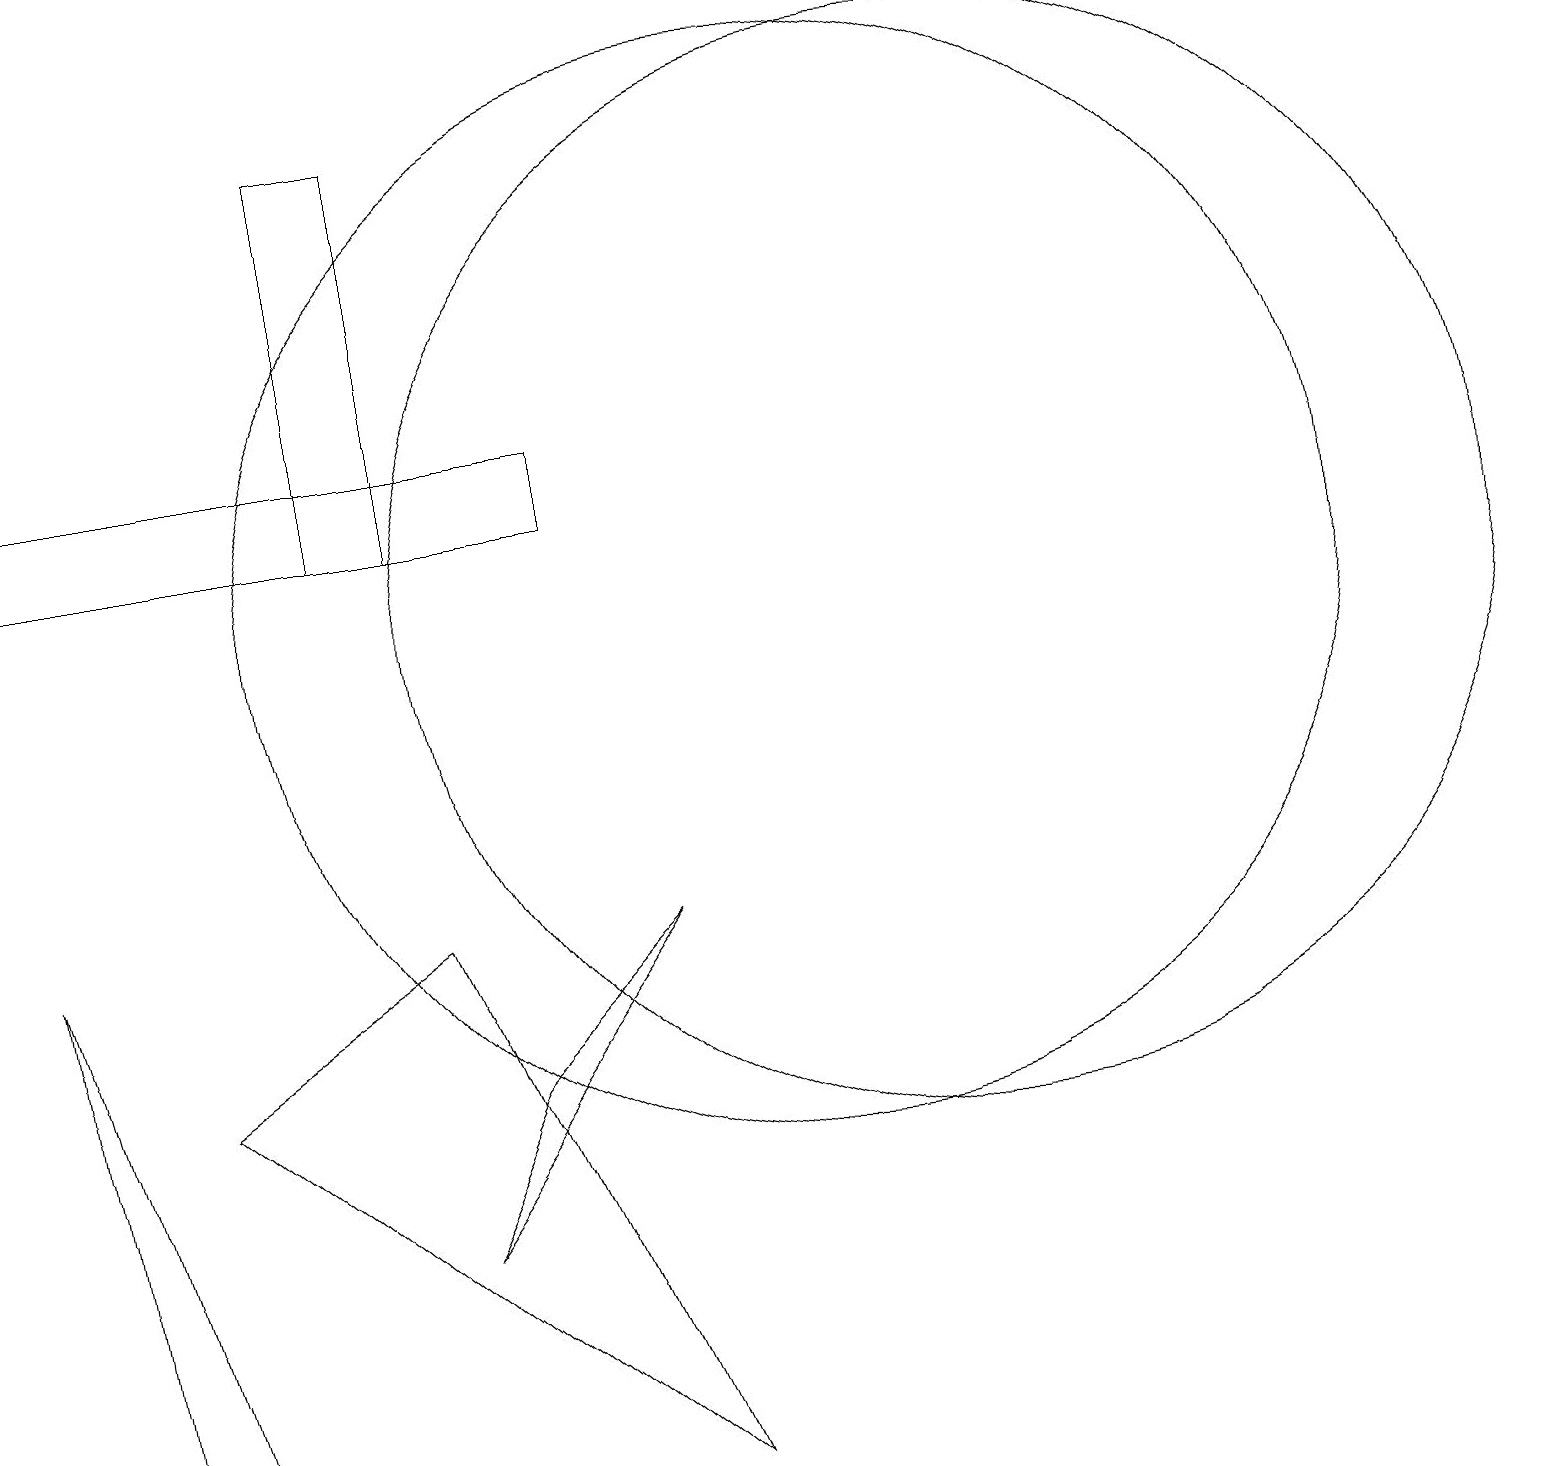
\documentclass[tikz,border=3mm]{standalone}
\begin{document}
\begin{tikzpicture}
\draw (10,11) circle (7);
\draw (12,11) circle (7);
\draw (0,13) rectangle (7,12);
\draw (6,5) -- (5,3) -- (8,7) -- cycle;
\draw (5,7) -- (8,0) -- (2,5) -- cycle;
\draw (1,0) -- (0,7) -- (2,0) -- cycle;
\draw (4,17) rectangle (5,12);
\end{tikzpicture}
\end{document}